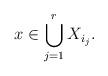
LaTeX: \begin{align*}x \in \bigcup_{j=1}^r X_{i_j}. \end{align*}